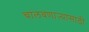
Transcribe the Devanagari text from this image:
चालवणाऱ्यासाठी